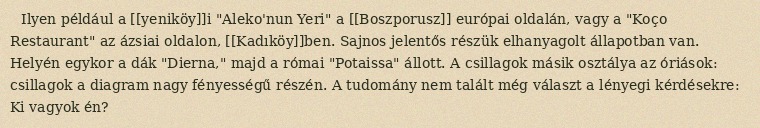
Ilyen például a [[yeniköy]]i "Aleko'nun Yeri" a [[Boszporusz]] európai oldalán, vagy a "Koço Restaurant" az ázsiai oldalon, [[Kadıköy]]ben. Sajnos jelentős részük elhanyagolt állapotban van. Helyén egykor a dák "Dierna," majd a római "Potaissa" állott. A csillagok másik osztálya az óriások: csillagok a diagram nagy fényességű részén. A tudomány nem talált még választ a lényegi kérdésekre: Ki vagyok én?